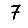
Digit: 7